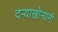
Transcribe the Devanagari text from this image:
दऱ्याखोऱ्यानी